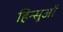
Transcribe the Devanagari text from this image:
हिन्सुओं